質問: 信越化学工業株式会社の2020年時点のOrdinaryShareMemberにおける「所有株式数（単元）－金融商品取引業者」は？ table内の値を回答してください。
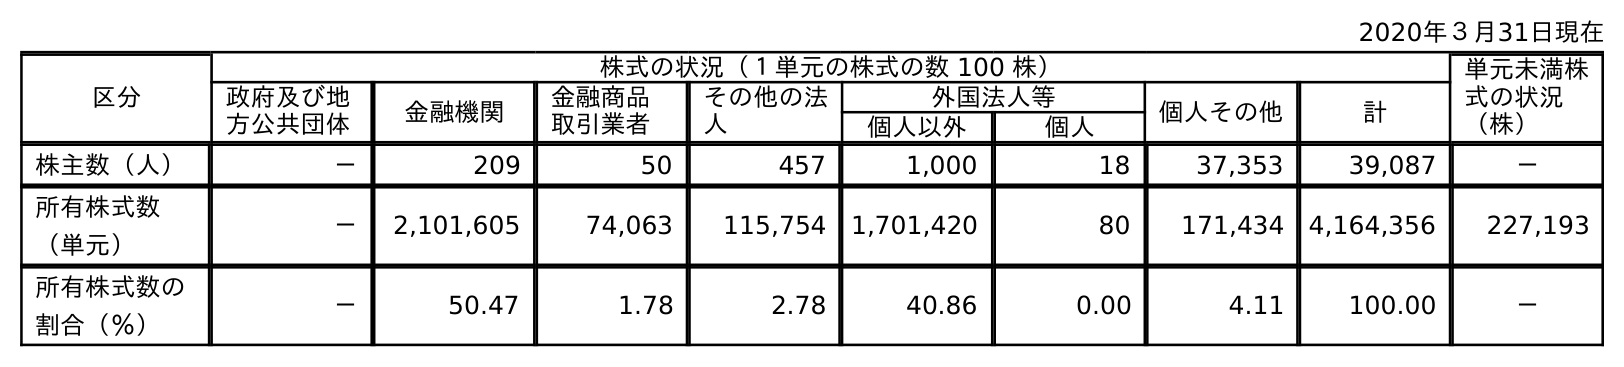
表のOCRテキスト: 2020年３月31日現在 区分 株式の状況（１単元の株式の数 100 株） 単元未満株 式の状況 （株） 政府及び地 方公共団体 金融機関 金融商品 取引業者 その他の法 人 外国法人等 個人その他 計 個人以外 個人 株主数（人） － 209 50 457 1,000 18 37,353 39,087 － 所有株式数 （単元） － 2,101,605 74,063 115,754 1,701,420 80 171,434 4,164,356 227,193 所有株式数の 割合（％） － 50.47 1.78 2.78 40.86 0.00 4.11 100.00 －
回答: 74,063